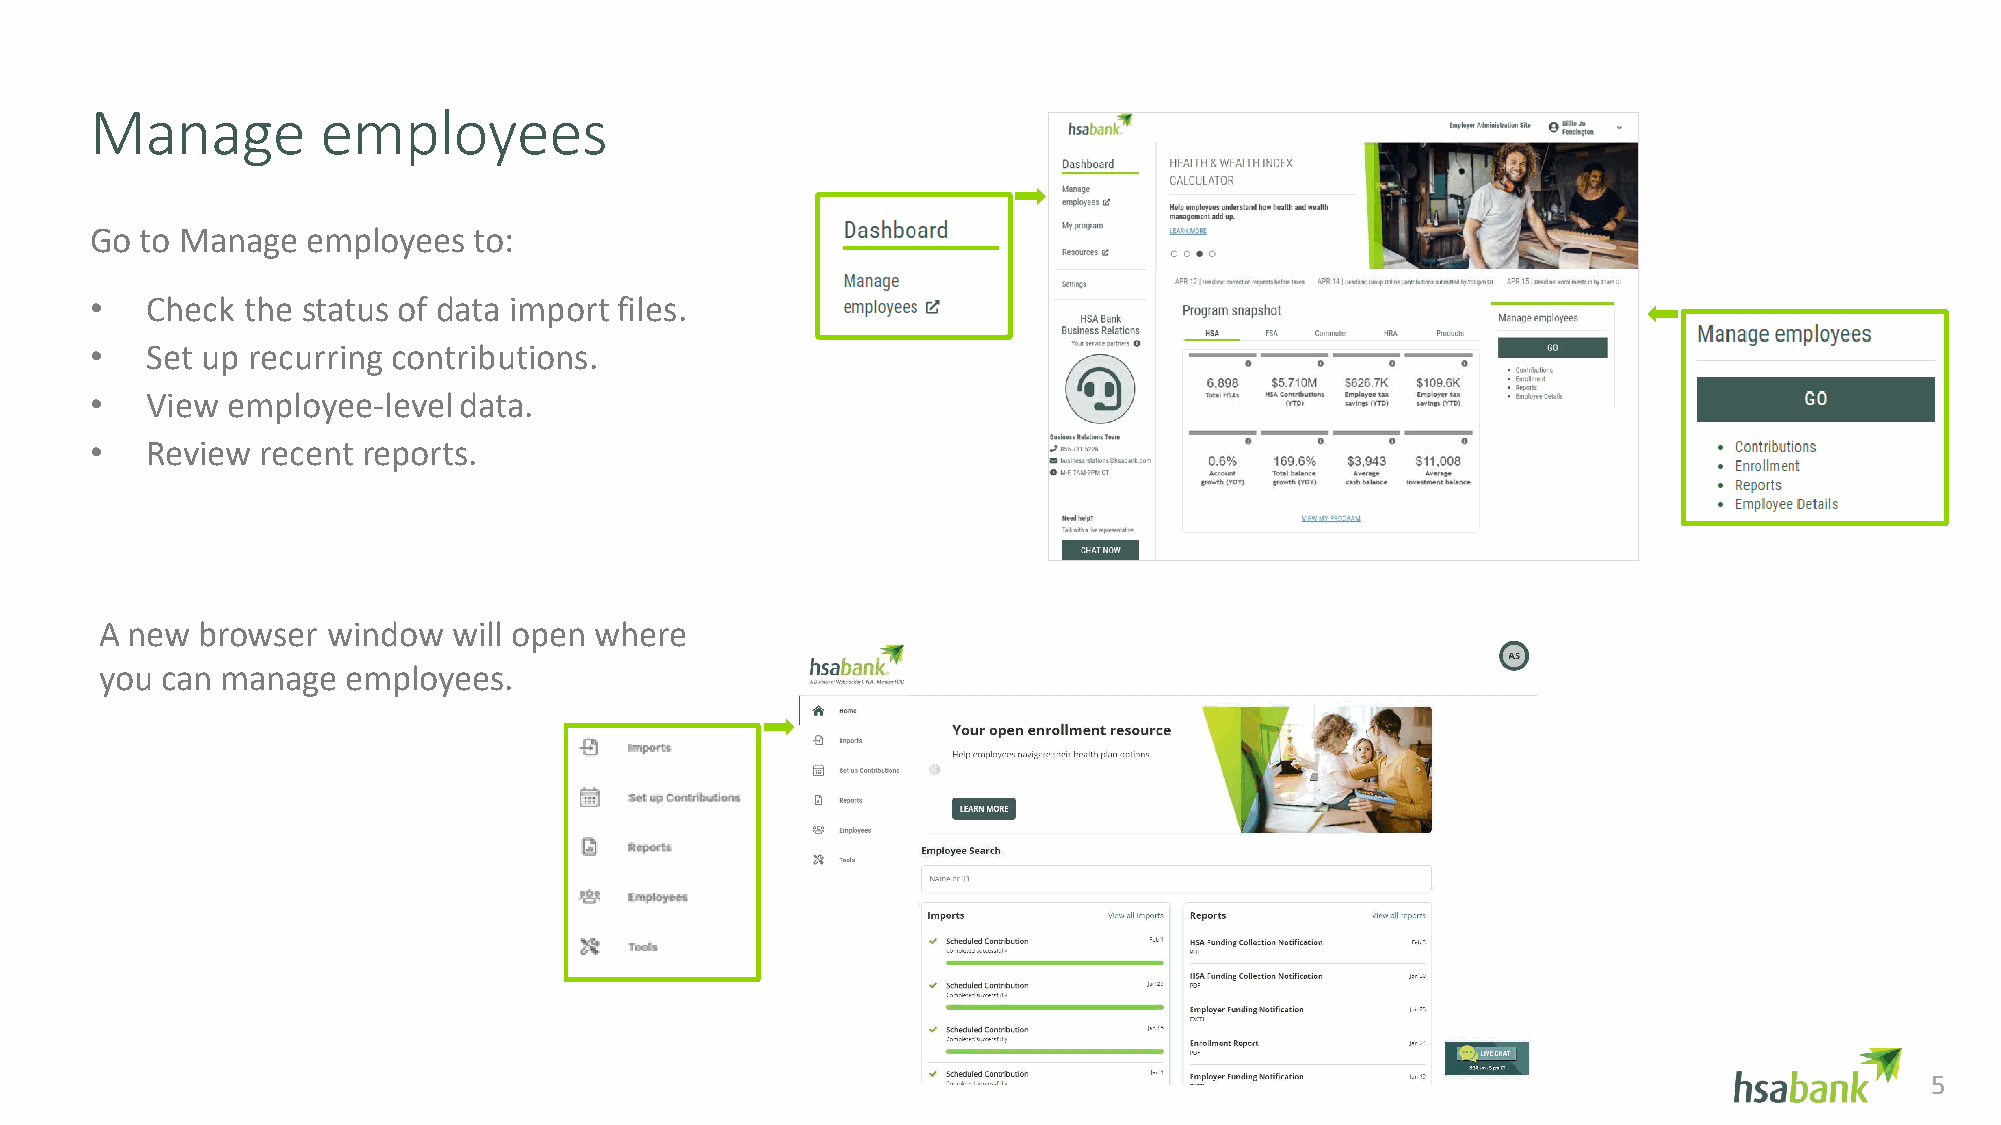
Manage         employees
 Go to Manage  employees  to:
 •   Check the status of data import files.
 •   Set up recurring contributions.
 •   View employee-level data.
 •   Review recent reports.
 A new browser  window  will open where
 you can manage  employees.
 55